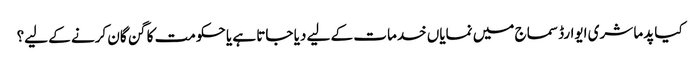
کیا پدما شری ایوارڈ سماج میں نمایاں خدمات کے لیے دیا جاتا ہے یا حکومت کا گن گان کرنے کے لیے؟